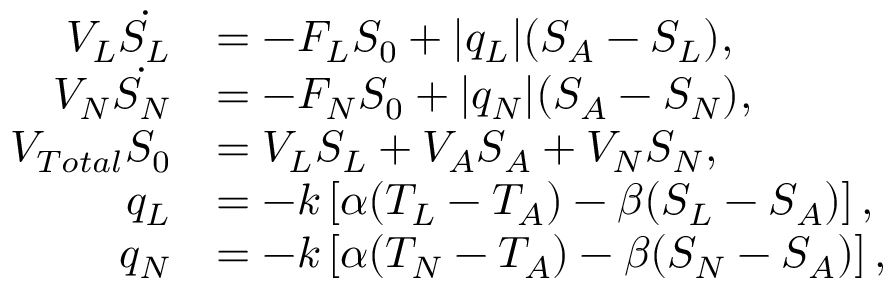
\begin{array} { r l } { V _ { L } \dot { S _ { L } } } & { = - F _ { L } S _ { 0 } + | q _ { L } | ( S _ { A } - S _ { L } ) , } \\ { V _ { N } \dot { S _ { N } } } & { = - F _ { N } S _ { 0 } + | q _ { N } | ( S _ { A } - S _ { N } ) , } \\ { V _ { T o t a l } S _ { 0 } } & { = V _ { L } S _ { L } + V _ { A } S _ { A } + V _ { N } S _ { N } , } \\ { q _ { L } } & { = - k \left[ \alpha ( T _ { L } - T _ { A } ) - \beta ( S _ { L } - S _ { A } ) \right] , } \\ { q _ { N } } & { = - k \left[ \alpha ( T _ { N } - T _ { A } ) - \beta ( S _ { N } - S _ { A } ) \right] , } \end{array}